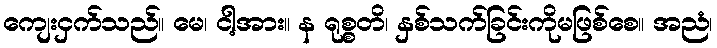
ကျေးငှက်သည်။ မေ၊ ငါ့အား။ န ရုစ္စတိ၊ နှစ်သက်ခြင်းကိုမဖြစ်စေ။ အညံ၊